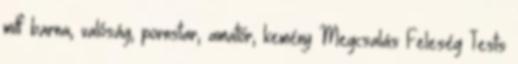
milf barna, valóság, pornstar, amatőr, kemény Megcsalás Feleség Tests